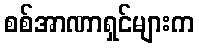
စစ်အာဏာရှင်များက